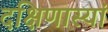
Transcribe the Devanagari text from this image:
दक्षिणास्यां